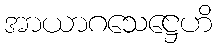
အာယာဂသေဋ္ဌေဟိ